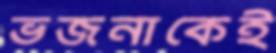
ভজনাকেই